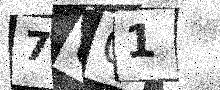
Text: 7U01